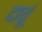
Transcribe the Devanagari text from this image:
दावूं